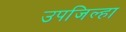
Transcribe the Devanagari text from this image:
उपजिल्हा